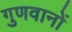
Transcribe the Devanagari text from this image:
गुणवानों